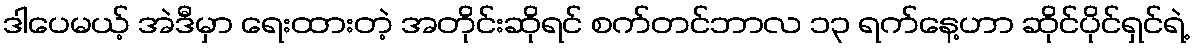
ဒါပေမယ့် အဲဒီမှာ ရေးထားတဲ့ အတိုင်းဆိုရင် စက်တင်ဘာလ ၁၃ ရက်နေ့ဟာ ဆိုင်ပိုင်ရှင်ရဲ့